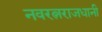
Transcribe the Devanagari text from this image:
नवरत्नराजधानी